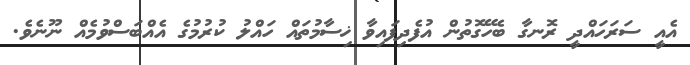
އެއީ ސަރަހައްދީ ރޮނގާ ބެހޭގޮތުން އުފެދިފައިވާ ޚިސާމުތައް ހައްލު ކުރުމުގެ އެއްބަސްވުމެއް ނޫނެވެ.